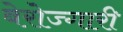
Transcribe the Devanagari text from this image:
बेरोज्गारी